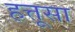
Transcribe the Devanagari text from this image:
हत्तूसा